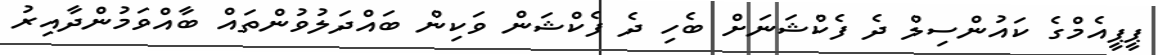
ޕީޕީއެމްގެ ކައުންސިލް ދެ ފެކްޝަނަށް ބެހި ދެ ފެކްޝަން ވަކިން ބައްދަލުވުންތައް ބާއްވަމުންދާއިރު